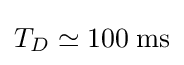
T_{D}\simeq 100\;{\text{ms}}